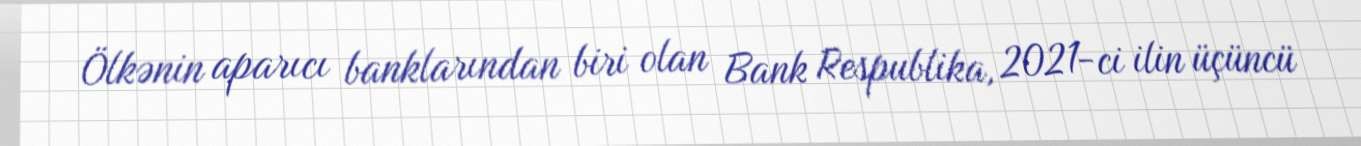
Ölkənin aparıcı banklarından biri olan Bank Respublika, 2021-ci ilin üçüncü